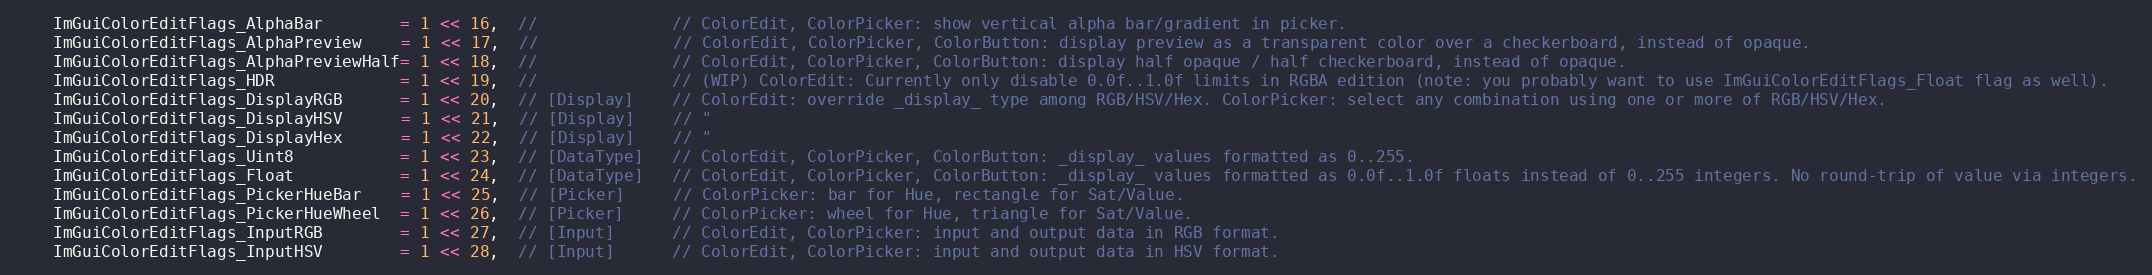
Language: C
    ImGuiColorEditFlags_AlphaBar        = 1 << 16,  //              // ColorEdit, ColorPicker: show vertical alpha bar/gradient in picker.
    ImGuiColorEditFlags_AlphaPreview    = 1 << 17,  //              // ColorEdit, ColorPicker, ColorButton: display preview as a transparent color over a checkerboard, instead of opaque.
    ImGuiColorEditFlags_AlphaPreviewHalf= 1 << 18,  //              // ColorEdit, ColorPicker, ColorButton: display half opaque / half checkerboard, instead of opaque.
    ImGuiColorEditFlags_HDR             = 1 << 19,  //              // (WIP) ColorEdit: Currently only disable 0.0f..1.0f limits in RGBA edition (note: you probably want to use ImGuiColorEditFlags_Float flag as well).
    ImGuiColorEditFlags_DisplayRGB      = 1 << 20,  // [Display]    // ColorEdit: override _display_ type among RGB/HSV/Hex. ColorPicker: select any combination using one or more of RGB/HSV/Hex.
    ImGuiColorEditFlags_DisplayHSV      = 1 << 21,  // [Display]    // "
    ImGuiColorEditFlags_DisplayHex      = 1 << 22,  // [Display]    // "
    ImGuiColorEditFlags_Uint8           = 1 << 23,  // [DataType]   // ColorEdit, ColorPicker, ColorButton: _display_ values formatted as 0..255.
    ImGuiColorEditFlags_Float           = 1 << 24,  // [DataType]   // ColorEdit, ColorPicker, ColorButton: _display_ values formatted as 0.0f..1.0f floats instead of 0..255 integers. No round-trip of value via integers.
    ImGuiColorEditFlags_PickerHueBar    = 1 << 25,  // [Picker]     // ColorPicker: bar for Hue, rectangle for Sat/Value.
    ImGuiColorEditFlags_PickerHueWheel  = 1 << 26,  // [Picker]     // ColorPicker: wheel for Hue, triangle for Sat/Value.
    ImGuiColorEditFlags_InputRGB        = 1 << 27,  // [Input]      // ColorEdit, ColorPicker: input and output data in RGB format.
    ImGuiColorEditFlags_InputHSV        = 1 << 28,  // [Input]      // ColorEdit, ColorPicker: input and output data in HSV format.